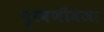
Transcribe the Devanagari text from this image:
पुरवणीवजा